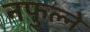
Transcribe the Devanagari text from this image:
नफुल्ने